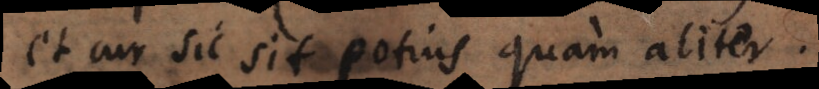
et cur sic sit potius quam aliter.